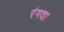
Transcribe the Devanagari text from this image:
रंगवा